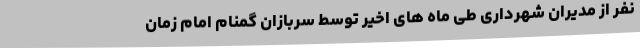
نفر از مدیران شهرداری طی ماه های اخیر توسط سربازان گمنام امام زمان